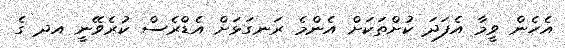
އެހެން ވީމާ އެފަދަ ކުށްތަކަށް އެންމެ ރަނގަޅަށް އެޑްރެސް ކުރެވޭނީ އދ ގެ